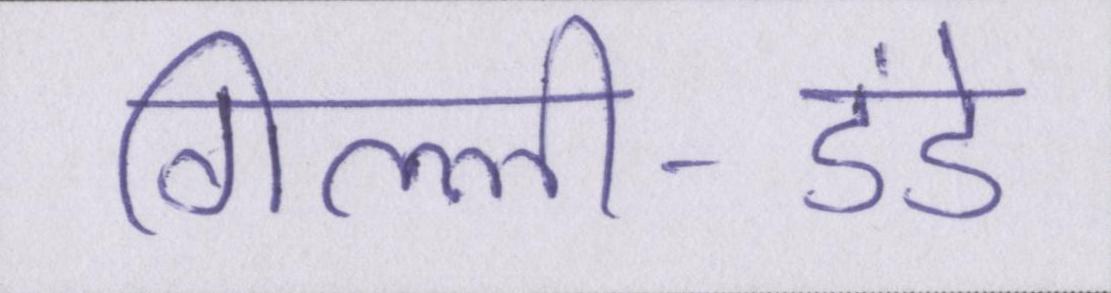
गिल्ली-डंडे